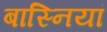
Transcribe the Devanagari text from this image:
बास्नियां